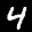
Label: 4